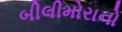
બીલીમોરાનો